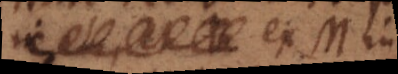
L, et B ex M in